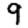
Digit: 9